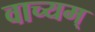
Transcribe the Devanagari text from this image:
वाच्यम्